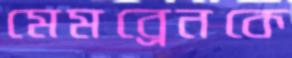
মেমব্রেনকে